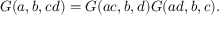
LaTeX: G ( a , b , c d ) = G ( a c , b , d ) G ( a d , b , c ) .